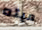
ميته